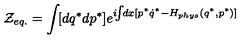
{ \cal Z } _ { e q . } = \int \! [ d q ^ { * } d p ^ { * } ] e ^ { i \! \! \int \! \! d x [ p ^ { * } \dot { q } ^ { * } - H _ { p h y s } ( q ^ { * } , p ^ { * } ) ] }